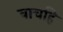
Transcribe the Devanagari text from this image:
वाचहि